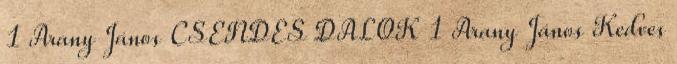
1 Arany János CSENDES DALOK 1 Arany János Kedves